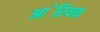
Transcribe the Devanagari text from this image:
आ॓रियन